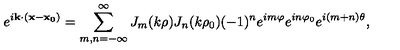
e ^ { i { \bf k } \cdot ( { \bf x } - { \bf x _ { 0 } } ) } = \sum _ { m , n = - \infty } ^ { \infty } J _ { m } ( k \rho ) J _ { n } ( k \rho _ { 0 } ) ( - 1 ) ^ { n } e ^ { i m \varphi } e ^ { i n \varphi _ { 0 } } e ^ { i ( m + n ) \theta } ,